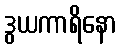
ဒွယကာရိနော